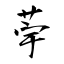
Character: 荢